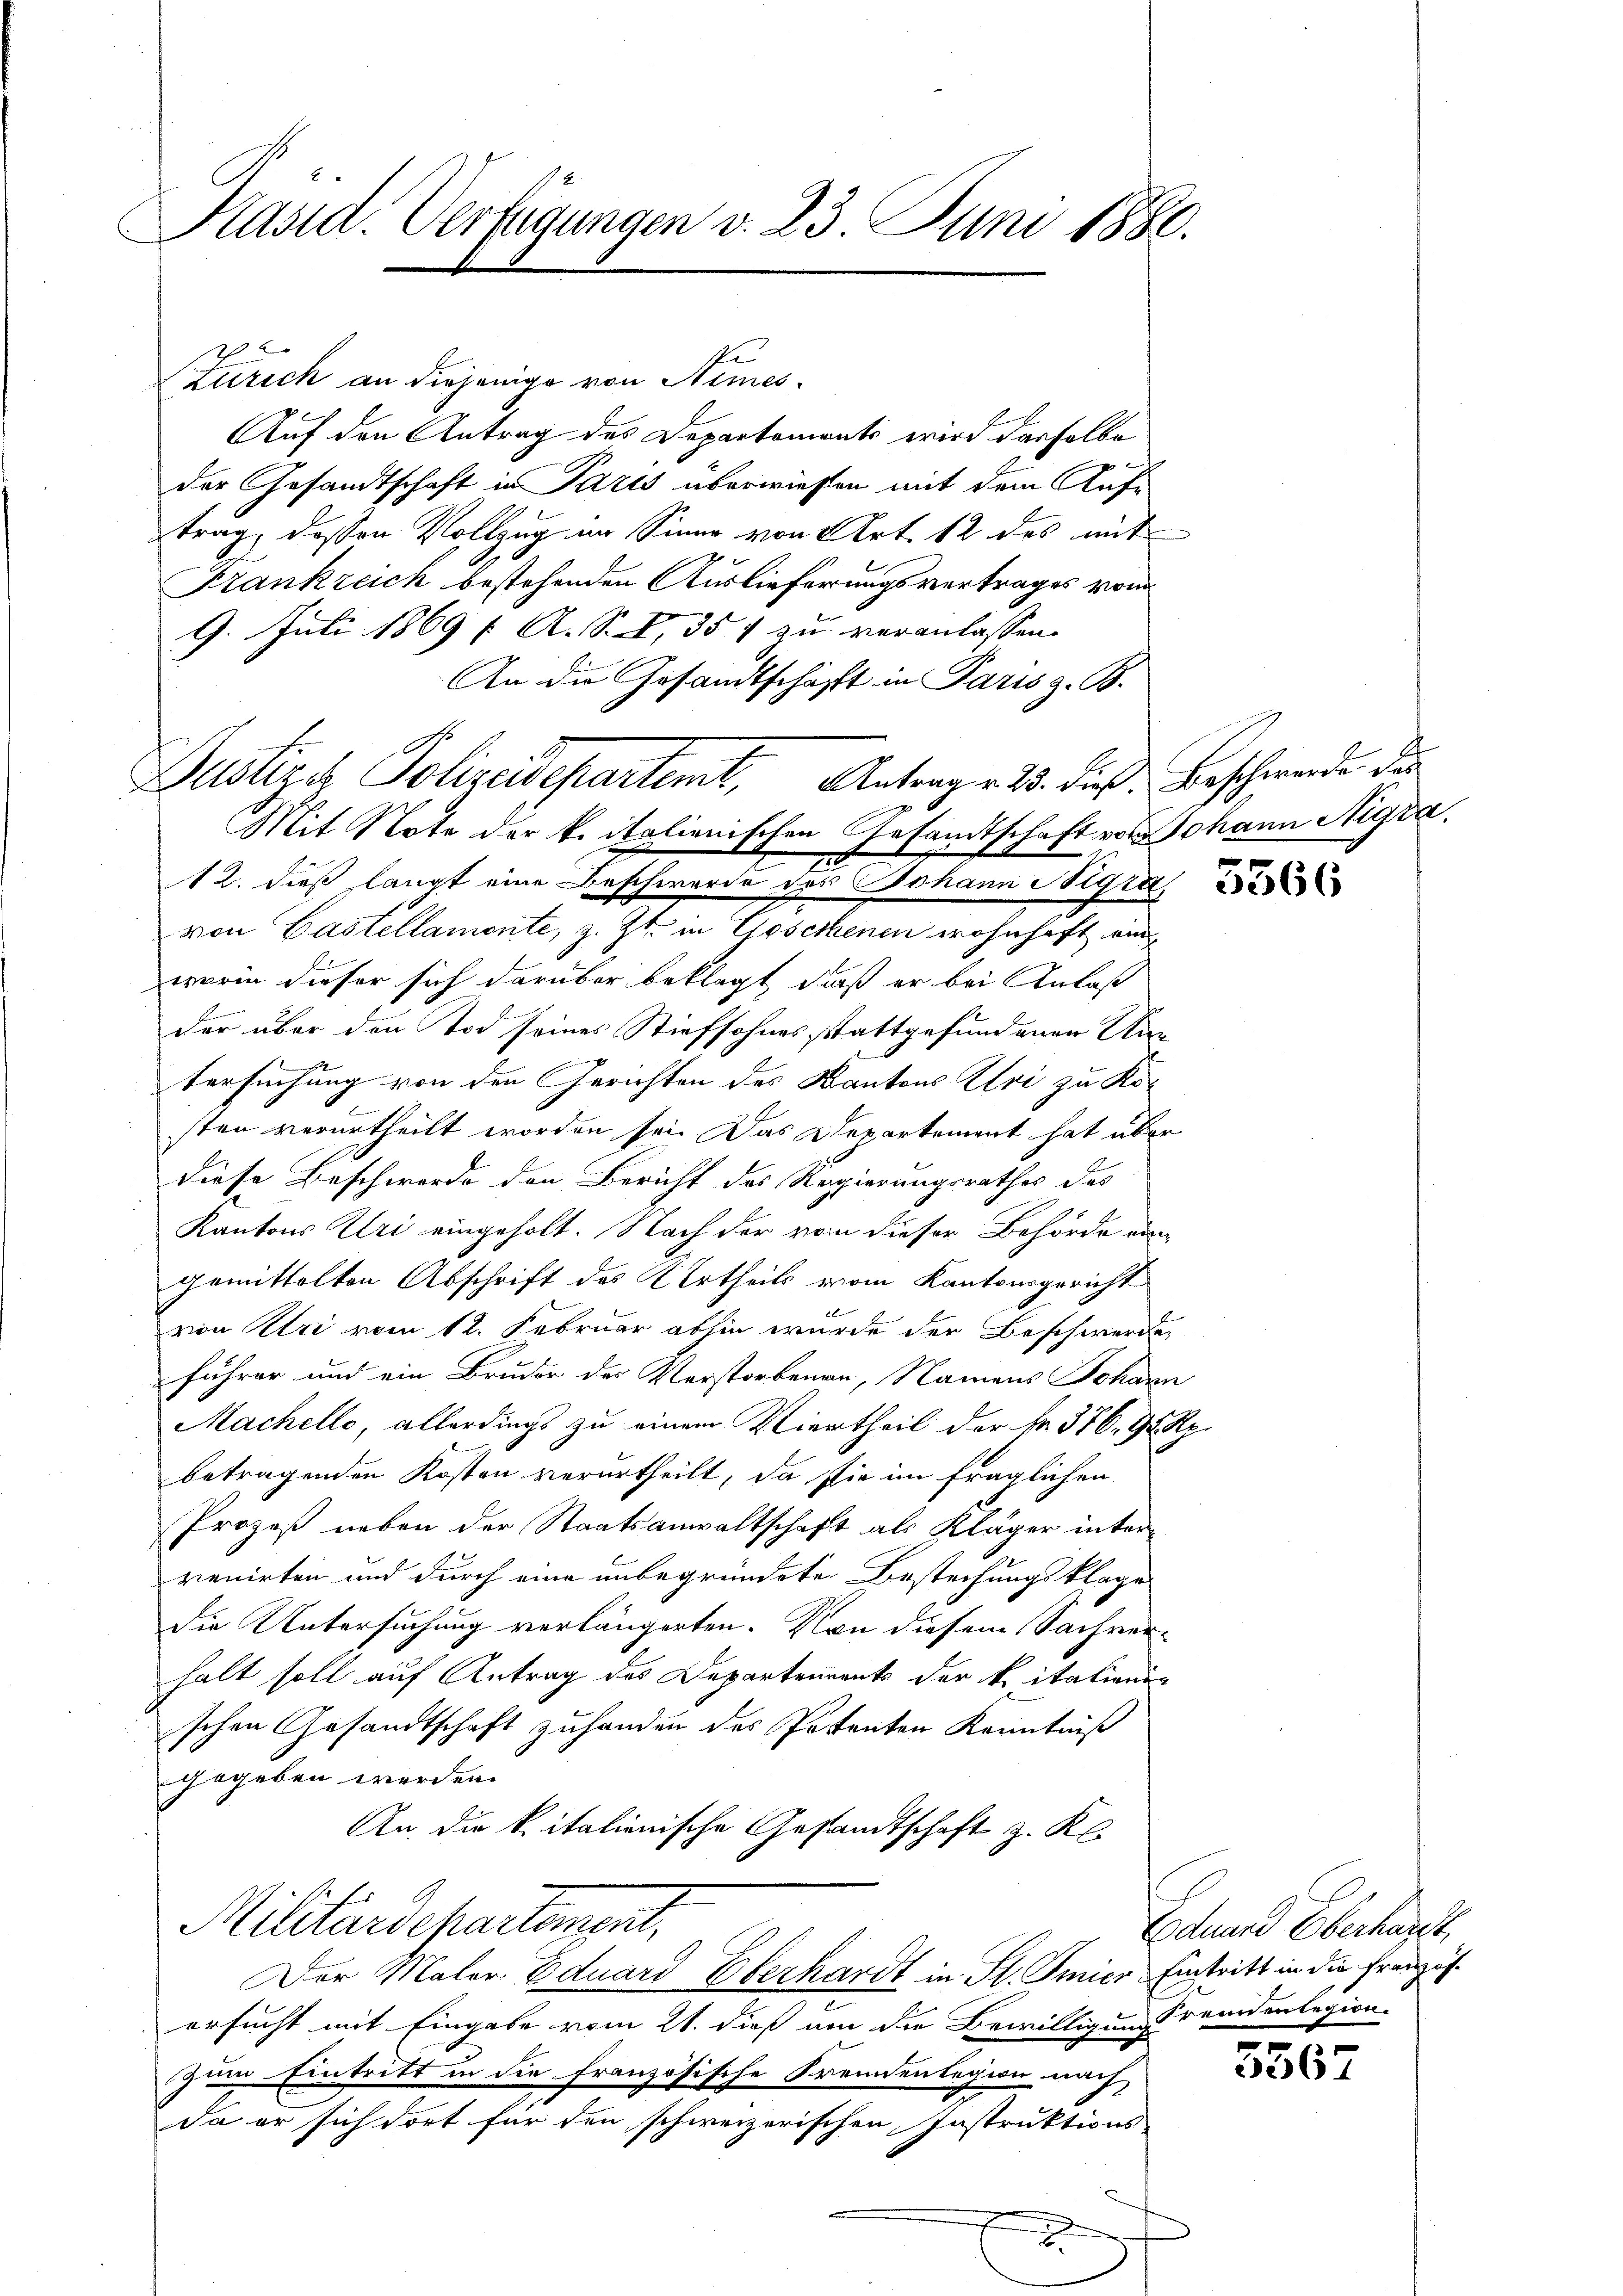
Päsid. Verfügungen v. 23. Juni 1880.

Curich an diejenige von Nimes¬
Auf den Antrag des Departements wird dasselbe
der Gesandtschaft in Paris überwiesen mit dem Auftrag, dessen Vollzug im Sinne von Art. 12 des mit
Frankreich bestehenden Auslieferungsvertrages vom
9. Juli 1869 f. A. S. I, 354 zu veranlassen.
An die Gesandtschäft in Paris z. B.
von Castellamente, z. Zt. in Gosetenen wohnhaft einworin dieser sich darüber beklagt, daß er bei Anlaß
der über den Tod seines Stiefsohnes stattgefundenen Wir
tersuchung von den Gerichten des Kantons Uri zu Kosten verurtheilt worden sei. Das Departement hat über
diese Beschwerde den Bericht des Regierungsrathes des
Kantons Uri eingeholt. Nach der von dieser Behörde ein
gemittelten Abschrift des Urtheils vom Kantonsgericht
von Uri vom 12. Februar abhin wurde der Beschwerden
fuhrer und ein Bruder der Verstorbenen, Namens Johann
Machelle, allerdings zu einem Viertheil der Nr. 376. 95 Rp.
betragenden Kosten verurtheilt, da sie im fraglichen
Prozeß neben der Staatsanwaltschaft als Kläger intervenirten und durch eine unbegründete Bestechungsklage
die Untersuchung verlängerten. Von diesem Sachverhalt soll auf Antrag des Departenrents der kritalieni
schen Gesandtschaft zuhanden des Petenten Kenntniß
gegeben werden.
An die k. italienische Gesandtschaft z. Kl.

Justiger Polizeidepartemt, Antrag v. 23. dieß. Beschwende des
Mit Note der kritalienischen Gesandtschaft von Johann Aigra
2
12. dieß langt eine Beschwerde des Johann Sigra

Militärdepartement,
Der Mater Eduard Oberhardt in St. Gmier Eintritt in die Franzis¬

ersucht mit Eingabe vom 21. dieß von die Bewilligung Fremdenlegion-
zum Eintritt in die Französische Fremdenlegen nach,
da er sich dort für den schweizerischen Instruktions-
x

5566

Eduard Oberhalt

.
3567